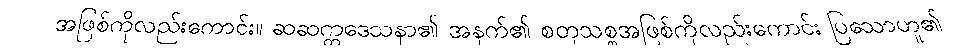
အဖြစ်ကိုလည်းကောင်း။ ဆဆက္ကဒေသနာ၏ အနက်၏ စတုသစ္စအဖြစ်ကိုလည်းကောင်း ပြသောဟူ၏